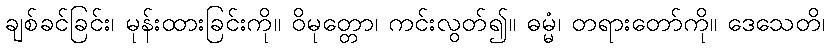
ချစ်ခင်ခြင်း၊ မုန်းထားခြင်းကို။ ဝိမုတ္တော၊ ကင်းလွတ်၍။ ဓမ္မံ၊ တရားတော်ကို။ ဒေသေတိ၊